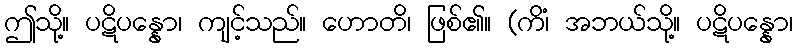
ဤသို့။ ပဋိပန္နော၊ ကျင့်သည်။ ဟောတိ၊ ဖြစ်၏။ (ကိံ၊ အဘယ်သို့။ ပဋိပန္နော၊